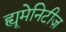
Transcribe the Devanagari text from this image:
ह्यूमेनिटीज़